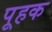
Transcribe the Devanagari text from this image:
पूहक